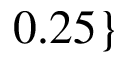
0 . 2 5 \}